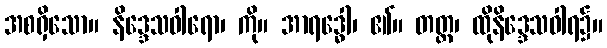
အစရှိသော။ နိဒ္ဒေသဝါရော၊ ကို။ အာရဒ္ဓေါ၊ ၏။ တတ္ထ၊ ထိုနိဒ္ဒေသဝါရ၌။